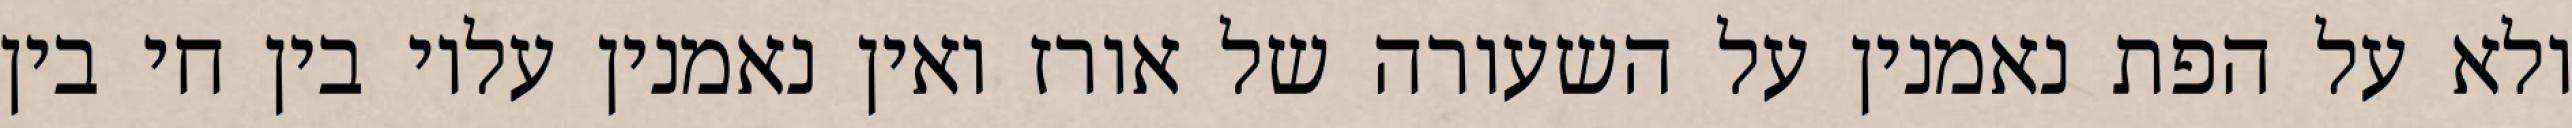
ולא על הפת נאמנין על השעורה של אורז ואין נאמנין עליו בין חי בין